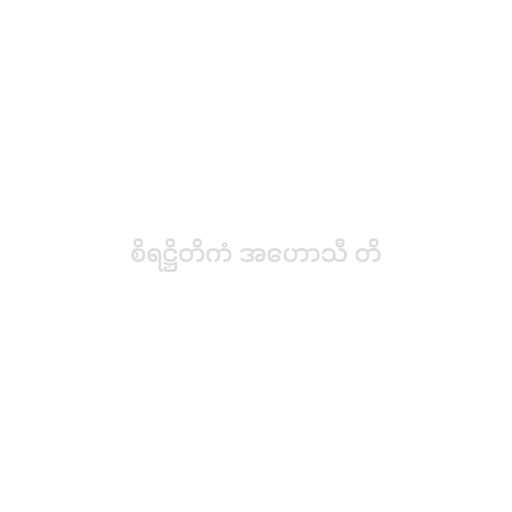
စိရဋ္ဌိတိကံ အဟောသီ တိ